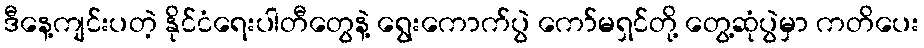
ဒီနေ့ကျင်းပတဲ့ နိုင်ငံရေးပါတီတွေနဲ့ ရွေးကောက်ပွဲ ကော်မရှင်တို့ တွေ့ဆုံပွဲမှာ ကတိပေး